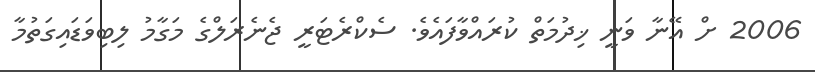
2006 ށް އޭނާ ވަނީ ޚިދުމަތް ކުރައްވާފައެވެ. ސެކްރެޓަރީ ޖެނެރަލްގެ މަގާމު ލިބިވަޑައިގަތުމާ